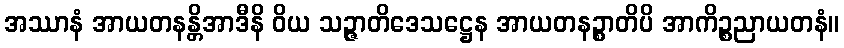
အဿာနံ အာယတနန္တိအာဒီနိ ဝိယ သဉ္ဇာတိဒေသဋ္ဌေန အာယတနဉ္စာတိပိ အာကိဉ္စညာယတနံ။